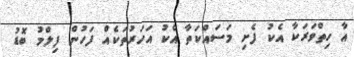
އާ ހިތްވަރަކާ އެކު ފެށި މަސައްކަތާ އެކު އަހަރުތަކެއް ފަހުން ފިލްމު ބޮޑު